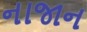
નાજાન